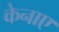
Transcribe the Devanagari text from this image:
केनाए